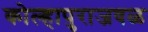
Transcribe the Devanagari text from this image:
कोल्हापुराजवळ